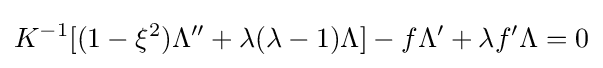
K^{-1}[(1-\xi ^{2})\Lambda ''+\lambda (\lambda -1)\Lambda ]-f\Lambda '+\lambda f'\Lambda =0